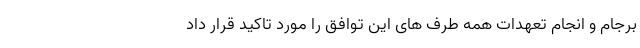
برجام و انجام تعهدات همه طرف های این توافق را مورد تاکید قرار داد